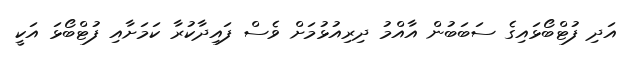
އަދި ފުޓްބޯޅައިގެ ސަބަބުން އާއްމު ދިރިއުޅުމަށް ވެސް ފައިދާކުރާ ކަމަށާއި ފުޓްބޯޅަ އަކީ